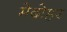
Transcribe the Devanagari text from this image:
मेदोहर